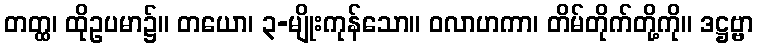
တတ္ထ၊ ထိုဥပမာ၌။ တယော၊ ၃-မျိုးကုန်သော။ ဝလာဟကာ၊ တိမ်တိုက်တို့ကို။ ဒဋ္ဌဗ္ဗာ